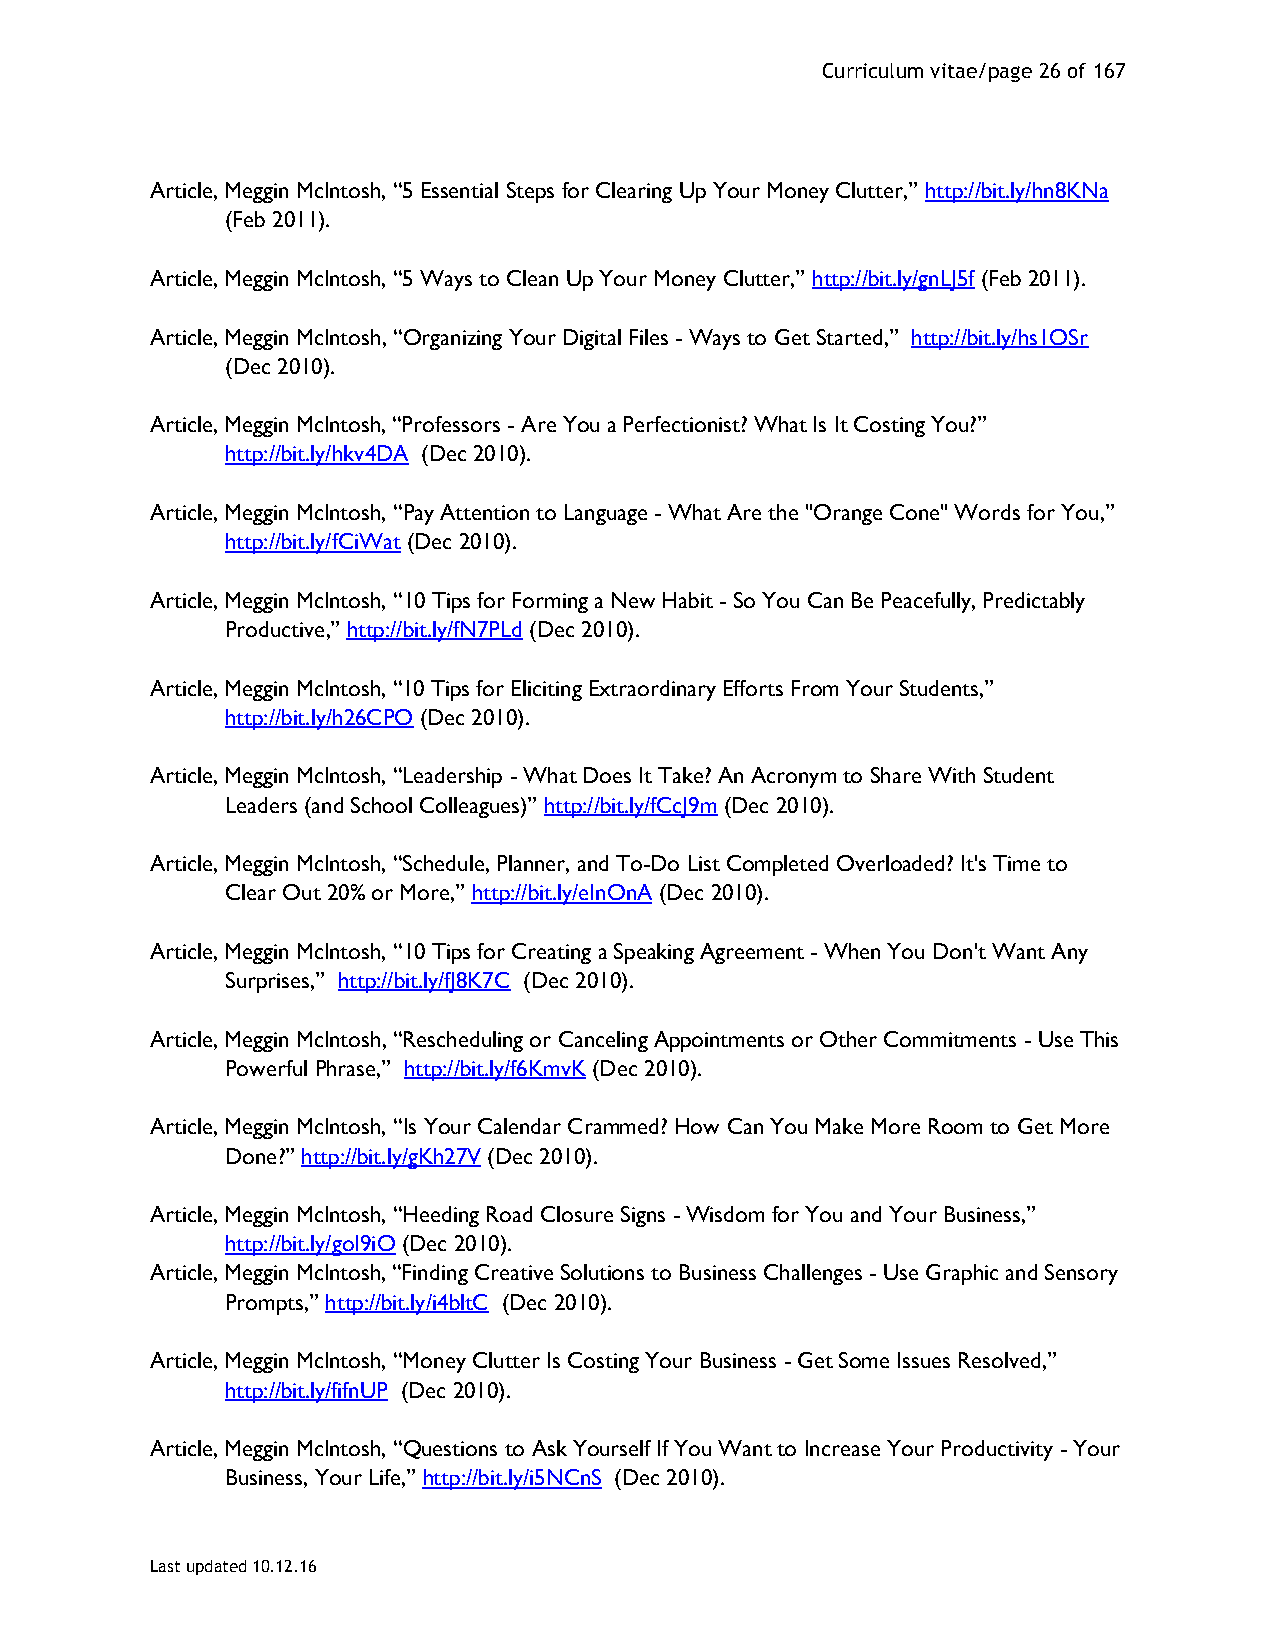
Curriculum vitae/page 26 of 167
 Article, Meggin McIntosh, “5 Essential Steps for Clearing Up Your Money Clutter,” http://bit.ly/hn8KNa
 (Feb 2011).
 Article, Meggin McIntosh, “5 Ways to Clean Up Your Money Clutter,” http://bit.ly/gnLJ5f (Feb 2011).
 Article, Meggin McIntosh, “Organizing Your Digital Files - Ways to Get Started,” http://bit.ly/hs1OSr
 (Dec 2010).
 Article, Meggin McIntosh, “Professors - Are You a Perfectionist? What Is It Costing You?”
 http://bit.ly/hkv4DA (Dec 2010).
 Article, Meggin McIntosh, “Pay Attention to Language - What Are the "Orange Cone" Words for You,”
 http://bit.ly/fCiWat (Dec 2010).
 Article, Meggin McIntosh, “10 Tips for Forming a New Habit - So You Can Be Peacefully, Predictably
 Productive,” http://bit.ly/fN7PLd (Dec 2010).
 Article, Meggin McIntosh, “10 Tips for Eliciting Extraordinary Efforts From Your Students,”
 http://bit.ly/h26CPO (Dec 2010).
 Article, Meggin McIntosh, “Leadership - What Does It Take? An Acronym to Share With Student
 Leaders (and School Colleagues)” http://bit.ly/fCcJ9m (Dec 2010).
 Article, Meggin McIntosh, “Schedule, Planner, and To-Do List Completed Overloaded? It's Time to
 Clear Out 20% or More,” http://bit.ly/eInOnA (Dec 2010).
 Article, Meggin McIntosh, “10 Tips for Creating a Speaking Agreement - When You Don't Want Any
 Surprises,” http://bit.ly/fJ8K7C (Dec 2010).
 Article, Meggin McIntosh, “Rescheduling or Canceling Appointments or Other Commitments - Use This
 Powerful Phrase,” http://bit.ly/f6KmvK (Dec 2010).
 Article, Meggin McIntosh, “Is Your Calendar Crammed? How Can You Make More Room to Get More
 Done?” http://bit.ly/gKh27V (Dec 2010).
 Article, Meggin McIntosh, “Heeding Road Closure Signs - Wisdom for You and Your Business,”
 http://bit.ly/goI9iO (Dec 2010).
 Article, Meggin McIntosh, “Finding Creative Solutions to Business Challenges - Use Graphic and Sensory
 Prompts,” http://bit.ly/i4bltC (Dec 2010).
 Article, Meggin McIntosh, “Money Clutter Is Costing Your Business - Get Some Issues Resolved,”
 http://bit.ly/fifnUP (Dec 2010).
 Article, Meggin McIntosh, “Questions to Ask Yourself If You Want to Increase Your Productivity - Your
 Business, Your Life,” http://bit.ly/i5NCnS (Dec 2010).
 Last updated 10.12.16